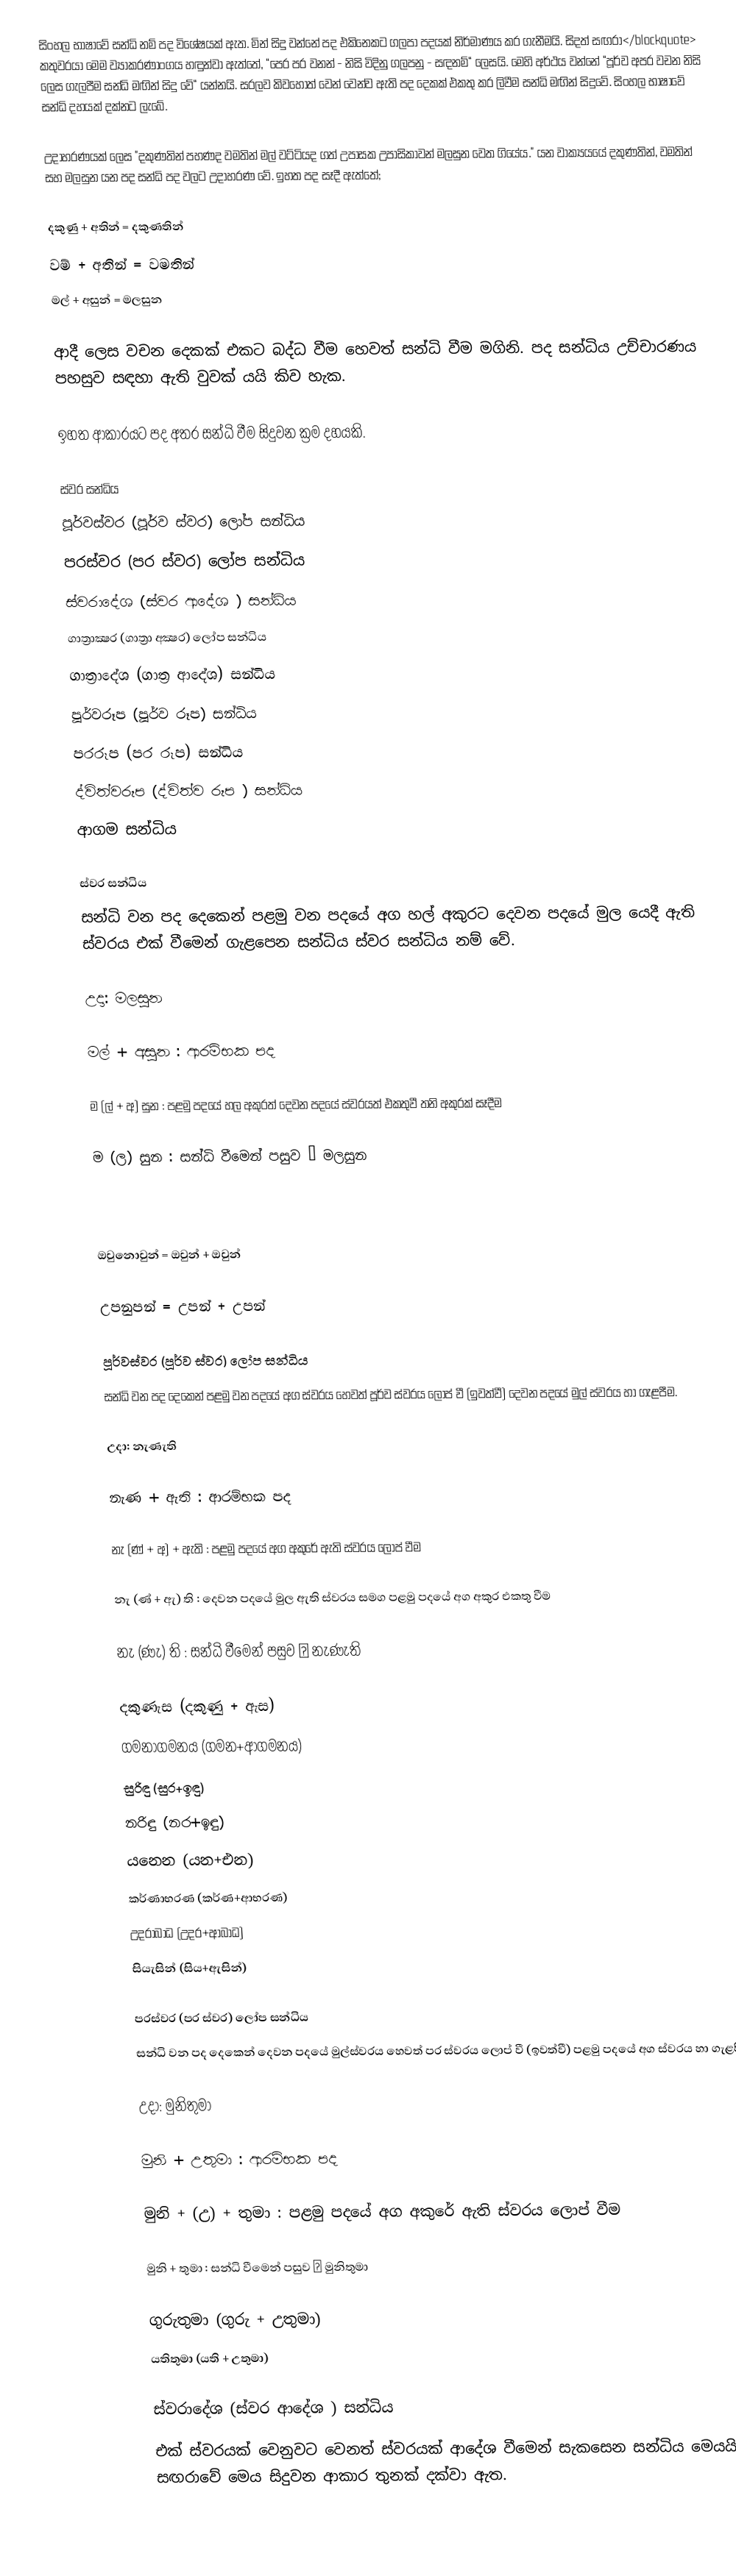
සිංහල භාෂාවේ සන්ධි නම් පද විශේෂයක් ඇත. මින් සිදු වන්නේ පද එකිනෙකට ගලපා පදයක් නිර්මාණය කර ගැනීමයි. සිදත් සඟරා</blockquote> කතුවරයා මෙම ව්‍යාකරණාංගය හඳුන්වා ඇත්තේ, “පෙර පර වනන් - නිසි විදිනු ගලපනු - සඳනම්“ ලෙසයි. මෙහි අර්ථය වන්නේ “පූර්ව අපර වචන නිසි ලෙස ගැලපීම සන්ධි මඟින් සිදු වේ“ යන්නයි. සරලව කිවහොත් වෙන් වෙන්ව ඇති පද දෙකක් එකතු කර ලිවීම සන්ධි මඟින් සිදුවේ. සිංහල භාෂාවේ සන්ධි දහයක් දක්නට ලැබේ.

උදාහරණයක්  ලෙස "දකුණතින් පහණද වමතින් මල් වට්ටියද ගත්  උපාසක උපාසිකාවන් මලසුන වෙත ගියේය." යන වාක්‍යයයේ දකුණතින්, වමතින් සහ මලසුන යන පද සන්ධි පද වලට උදාහරණ වේ. ඉහත පද සෑදී ඇත්තේ;

දකුණු + අතින් = දකුණතින්
වම්  + අතින් = වමතින්
මල් + අසුන් = මලසුන

ආදී ලෙස වචන දෙකක් එකට බද්ධ වීම හෙවත් සන්ධි වීම මගිනි. පද සන්ධිය උච්චාරණය පහසුව සඳහා ඇති වුවක් යයි කිව හැක.

ඉහත ආකාරයට පද අතර සන්ධි වීම සිදුවන ක්‍රම දහයකි.

 ස්වර සන්ධිය
 පූර්වස්වර (පූර්ව ස්වර) ලෝප සන්ධිය
 පරස්වර (පර ස්වර) ලෝප සන්ධිය
 ස්වරාදේශ (ස්වර ආදේශ ) සන්ධිය
 ගාත්‍රාක්‍ෂර (ගාත්‍රා අක්‍ෂර) ලෝප සන්ධිය
 ගාත්‍රාදේශ (ගාත්‍ර ආදේශ) සන්ධිය
 පූර්වරූප (පූර්ව රූප) සන්ධිය
 පරරූප (පර රූප) සන්ධිය
 ද්විත්වරූප (ද්විත්ව රූප ) සන්ධිය
 ආගම සන්ධිය

ස්වර සන්ධිය
සන්ධි වන පද දෙකෙන් පළමු වන පදයේ අග හල් අකුරට දෙවන පදයේ මුල යෙදී ඇති ස්වරය එක් වීමෙන් ගැළපෙන සන්ධිය ස්වර සන්ධිය නම් වේ.

උදා: මලසුන

මල් + අසුන : ආරම්භක පද

ම (ල් + අ) සුන : පළමු පදයේ හල අකුරත් දෙවන පදයේ ස්වරයත් එකතුවී තනි අකුරක් සෑදීම

ම (ල) සුන : සන්ධි වීමෙන් පසුව → මලසුන

ඔවුනොවුන් = ඔවුන් + ඔවුන්

උපනුපන් = උපන් + උපන්

පූර්වස්වර (පූර්ව ස්වර) ලෝප සන්ධිය
සන්ධි වන පද දෙකෙන් පළමු වන පදයේ අග ස්වරය හෙවත් පූර්ව ස්වරය ලොප් වී (ඉවත්වී) දෙවන පදයේ මුල් ස්වරය හා ගැළපීම.

උදා: නැණැති

නැණ + ඇති : ආරම්භක පද

නැ (ණ් + අ) + ඇති  : පළමු පදයේ අග අකුරේ ඇති ස්වරය ලොප් වීම

නැ (ණ් + ඇ) ති : දෙවන පදයේ මුල ඇති ස්වරය සමග පළමු පදයේ අග අකුර එකතු වීම

නැ (ණැ) ති : සන්ධි වීමෙන් පසුව → නැණැති

 දකුණැස (දකුණු + ඇස)
 ගමනාගමනය (ගමන+ආගමනය)
 සුරිඳු (සුර+ඉඳු)
 නරිඳු (නර+ඉඳු)
 යනෙන (යන+එන)
 කර්ණාභරණ (කර්ණ+ආභරණ)
 උදරාබාධ (උදර+ආබාධ)
 සියැසින් (සිය+ඇසින්)

පරස්වර (පර ස්වර) ලෝප සන්ධිය
සන්ධි වන පද දෙකෙන් දෙවන පදයේ මුල්ස්වරය හෙවත් පර ස්වරය ලොප් වී (ඉවත්වී) පළමු පදයේ අග ස්වරය හා ගැළපීම.

උදා: මුනිතුමා

මුනි + උතුමා : ආරම්භක පද

මුනි + (උ) + තුමා  : පළමු පදයේ අග අකුරේ ඇති ස්වරය ලොප් වීම

මුනි + තුමා  : සන්ධි වීමෙන් පසුව → මුනිතුමා

ගුරුතුමා (ගුරු + උතුමා)
යතිතුමා (යති + උතුමා)

ස්වරාදේශ (ස්වර ආදේශ ) සන්ධිය
එක් ස්වරයක් වෙනුවට වෙනත් ස්වරයක් ආදේශ වීමෙන් සැකසෙන සන්ධිය මෙයයි. සිදත් සඟරාවේ මෙය සිදුවන ආකාර තුනක් දක්වා ඇත.